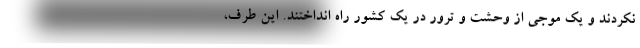
نکردند و یک موجی از وحشت و ترور در یک کشور راه انداختند. این طرف،